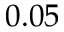
0 . 0 5